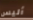
أليس